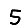
Digit: 5